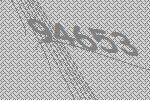
94653